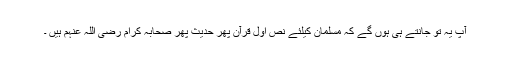
آپ یہ تو جانتے ہی ہوں گے کہ مسلمان کیلئے نص اول قرآن پھر حدیث پھر صحابہ کرام رضی اللہ عنہم ہیں ۔